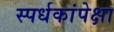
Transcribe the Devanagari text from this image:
स्पर्धकांपेक्षा